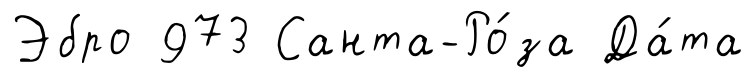
Эбро 973 Санта-Ро́за Да́та